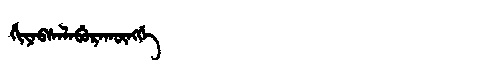
Manchu: ᡥᡳᠶᠠᠪᠰᠠᠯᠠᠪᡠᡵᠠᡴᡡᠩᡤᡝ
Romanization: HIYABSALABURAKŪNGGE